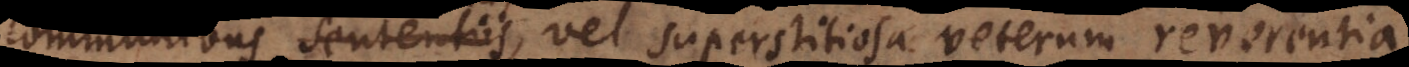
communibus sententiis, vel superstitiosa veterum reverentia